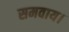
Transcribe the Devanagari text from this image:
समवाय।